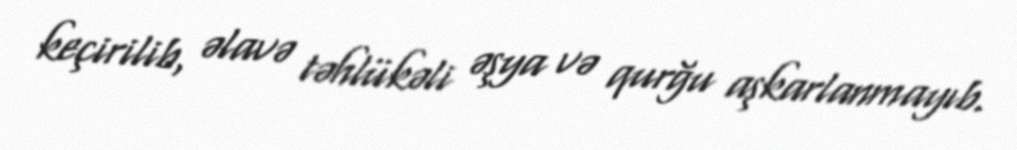
keçirilib, əlavə təhlükəli əşya və qurğu aşkarlanmayıb.